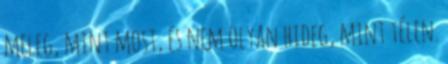
meleg, mint most, és nem olyan hideg, mint télen.